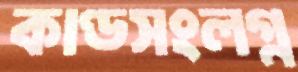
কাণ্ডসংলগ্ন